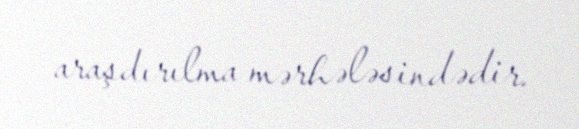
araşdırılma mərhələsindədir.